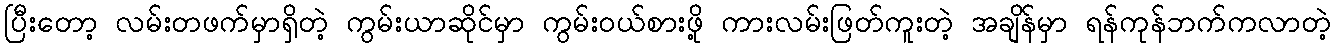
ပြီးတော့ လမ်းတဖက်မှာရှိတဲ့ ကွမ်းယာဆိုင်မှာ ကွမ်းဝယ်စားဖို့ ကားလမ်းဖြတ်ကူးတဲ့ အချိန်မှာ ရန်ကုန်ဘက်ကလာတဲ့